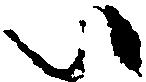
い